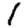
Digit: 1